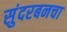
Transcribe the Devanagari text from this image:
सुंदरबनचा